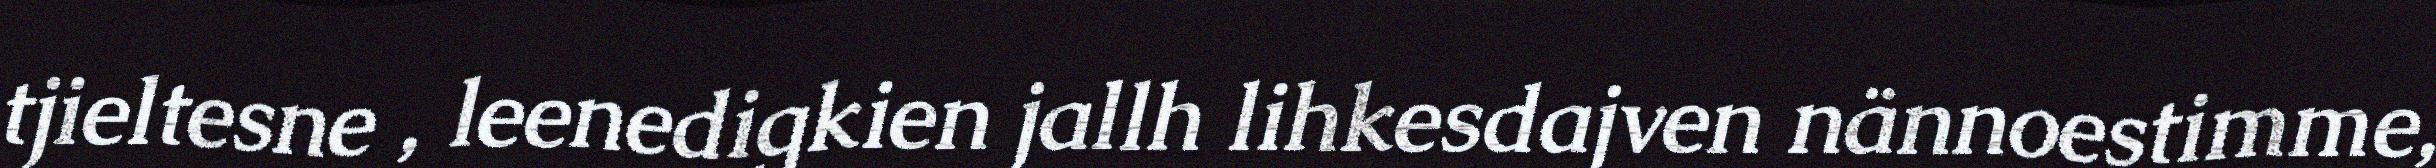
tjieltesne , leenedigkien jallh lihkesdajven nännoestimme,